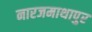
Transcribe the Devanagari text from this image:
नारजमाथापुर